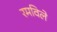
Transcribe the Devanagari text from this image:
रमविले